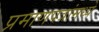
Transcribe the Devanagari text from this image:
प्रमाणपत्रांमध्ये